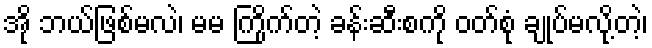
အို ဘယ်ဖြစ်မလဲ၊ မမ ကြိုက်တဲ့ ခန်းဆီးစကို ဝတ်စုံ ချုပ်မလို့တဲ့၊